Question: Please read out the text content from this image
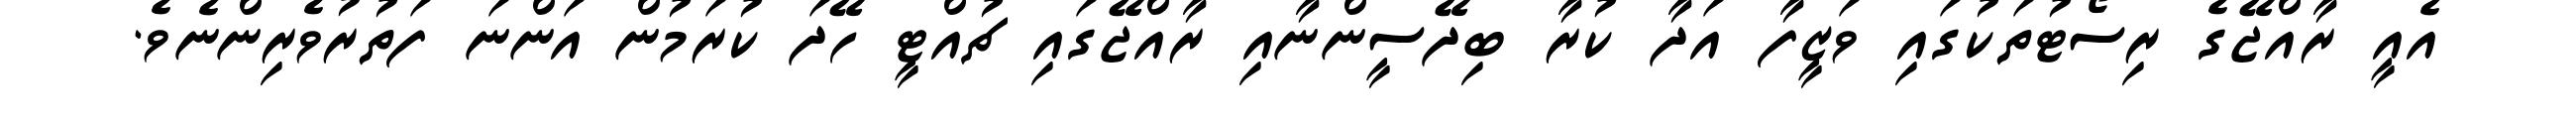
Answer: އެއީ ރާއްޖޭގެ ރިސޯޓުތަކުގައި ވަޒީފާ އަދާ ކުރާ ބިދޭސީންނާއި ރާއްޖޭގައި ޗުއްޓީ ހޭދަ ކުރަމުން އަންނަ ފަތުރުވެރިންނެވެ.